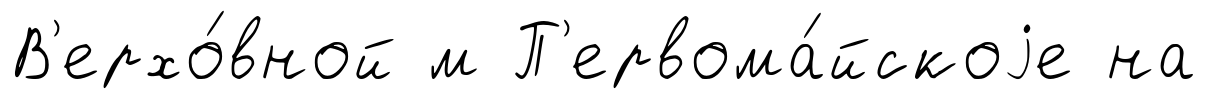
В'ерхо́вной м П'ервома́йскоjе на